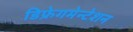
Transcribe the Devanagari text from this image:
डिफ्रेगमेन्टेशन